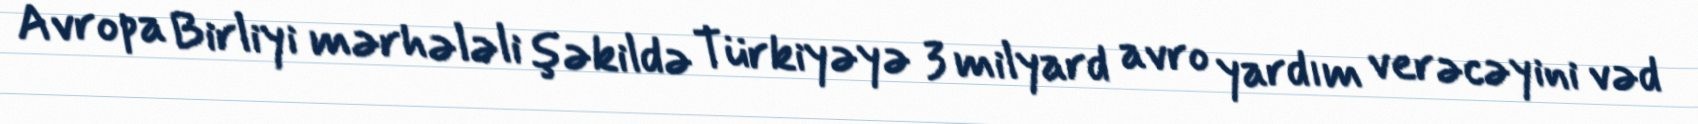
Avropa Birliyi mərhələli şəkildə Türkiyəyə 3 milyard avro yardım verəcəyini vəd